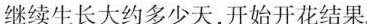
继续生长大约多少天，开始开花结果。